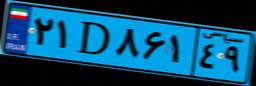
۲۱D۸۶۱۴۹